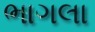
ભાગલા